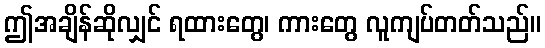
ဤအချိန်ဆိုလျှင် ရထားတွေ၊ ကားတွေ လူကျပ်တတ်သည်။